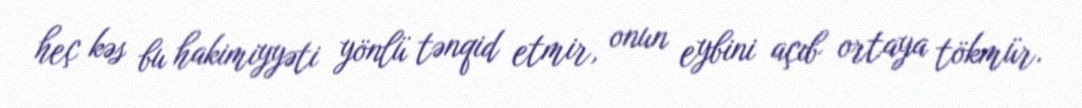
heç kəs bu hakimiyyəti yönlü tənqid etmir, onun eybini açıb ortaya tökmür.